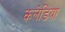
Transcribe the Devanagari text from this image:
कलेडिया